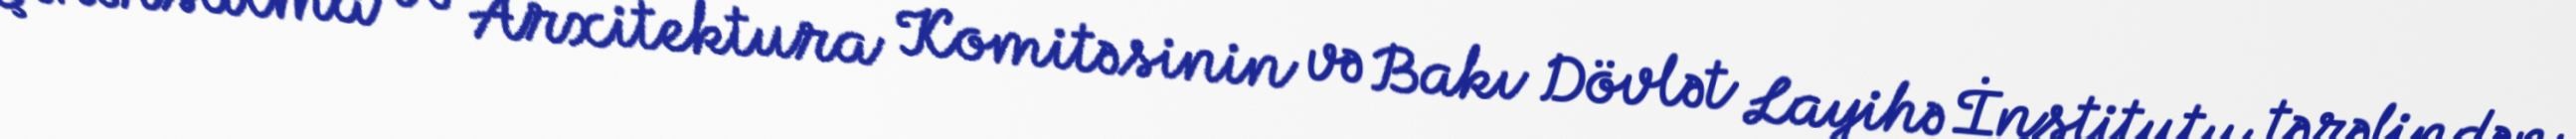
Şəhərsalma və Arxitektura Komitəsinin və Bakı Dövlət Layihə İnstitutu tərəfindən